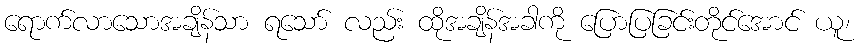
ရောက်လာသောအချိန်သာ ရသော် လည်း ထိုအချိန်အခါကို ပြောပြခြင်းတိုင်အောင် ယူ၊